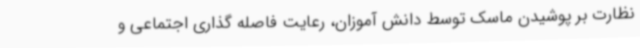
نظارت بر پوشیدن ماسک توسط دانش آموزان، رعایت فاصله گذاری اجتماعی و